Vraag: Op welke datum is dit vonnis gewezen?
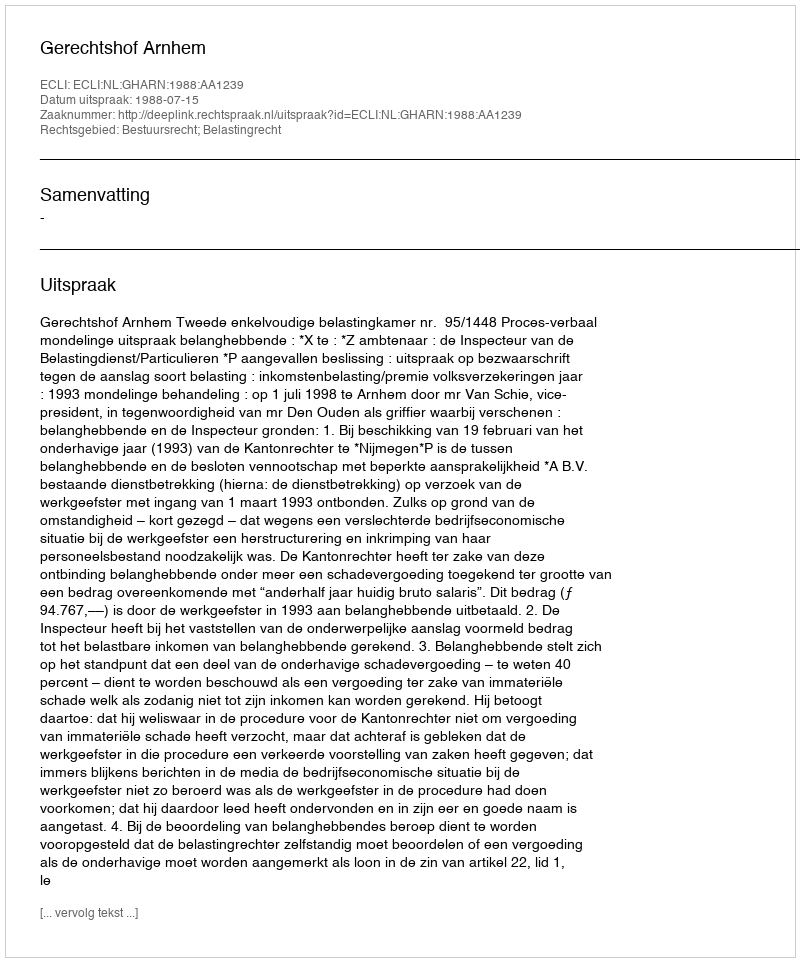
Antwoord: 1988-07-15